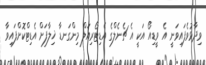
ވިދާޅުވެފައިވަނީ އެ ވީޑިއޯ އަކީ އެ ޗެނެލްގެ އެޑިޓޯރިއަލް މިންގަނޑާ ޚިލާފަށް އެޑިޓްކޮށްފައިވާ